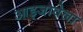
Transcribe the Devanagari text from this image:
आइजावेला